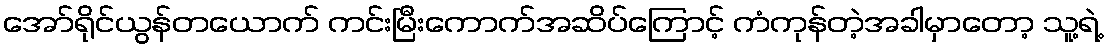
အော်ရိုင်ယွန်တယောက် ကင်းမြီးကောက်အဆိပ်ကြောင့် ကံကုန်တဲ့အခါမှာတော့ သူ့ရဲ့